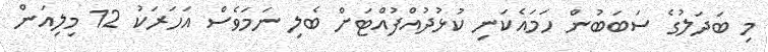
މި ބަދަލުގެ ސަބަބުން ހަމައެކަނި ކުޅުދުއްފުއްޓަށް ބެލި ނަމަވެސް އަހަރަކު 12 މިލިއަން